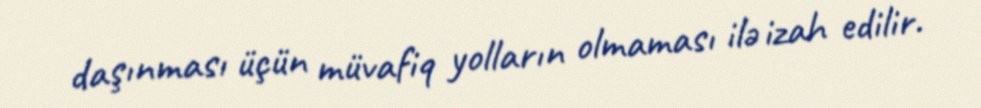
daşınması üçün müvafiq yolların olmaması ilə izah edilir.